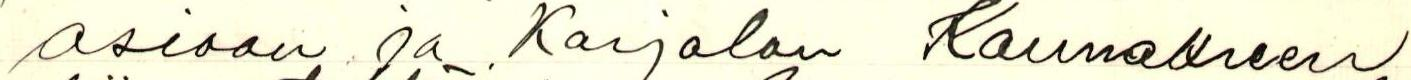
asiaan ja Karjala Kannakseem